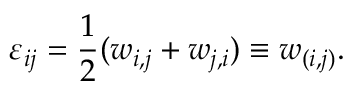
\varepsilon _ { i j } = \frac { 1 } { 2 } ( w _ { i , j } + w _ { j , i } ) \equiv w _ { ( i , j ) } .